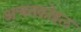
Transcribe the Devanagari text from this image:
अचनकोइल